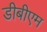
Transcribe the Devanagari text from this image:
डीबीएम